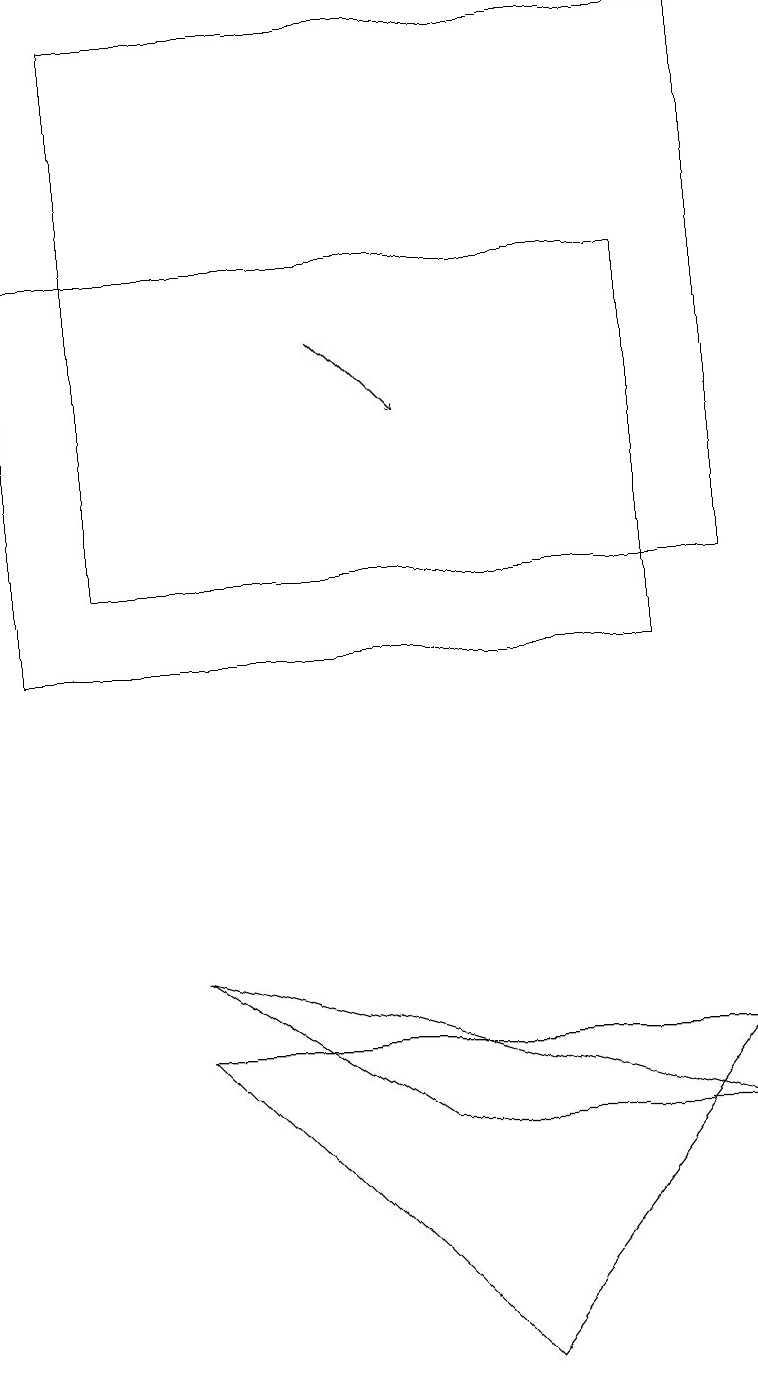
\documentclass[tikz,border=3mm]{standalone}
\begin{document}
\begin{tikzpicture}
\draw (1,11) rectangle (9,18);
\draw (2,5) -- (6,1) -- (9,5) -- cycle;
\draw[->] (4,14) -- (5,13);
\draw (9,4) -- (5,4) -- (2,6) -- cycle;
\draw (0,10) rectangle (8,15);
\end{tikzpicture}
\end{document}